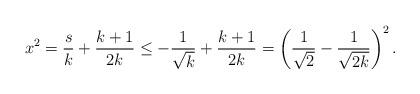
LaTeX: \begin{align*}x^2= \frac{s}{k}+\frac{k+1}{2k}\leq-\frac{1}{\sqrt{k}}+\frac{k+1}{2k}=\left(\frac{1}{\sqrt{2}}-\frac{1}{\sqrt{2k}}\right)^2.\end{align*}